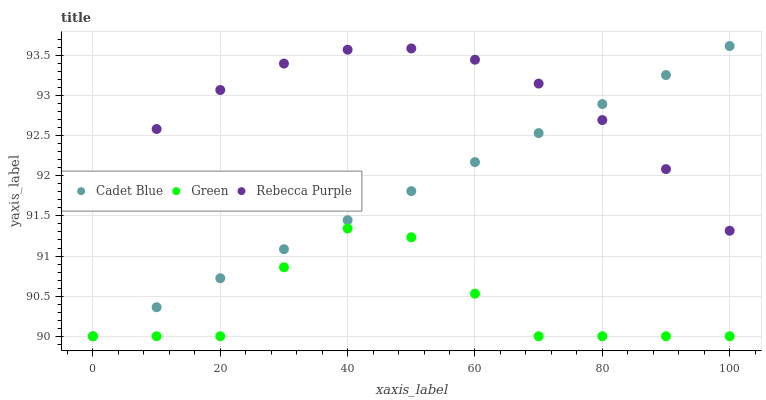
| xaxis_label | Cadet Blue | Green | Rebecca Purple |
 | --- | --- | --- | --- |
 | 0 | 90 | 90 | 91.9 |
 | 10 | 90.4 | 90 | 92.6 |
 | 20 | 90.7 | 90 | 93.1 |
 | 30 | 91.1 | 90.9 | 93.4 |
 | 40 | 91.4 | 91.3 | 93.6 |
 | 50 | 91.8 | 91.2 | 93.6 |
 | 60 | 92.2 | 90.5 | 93.4 |
 | 70 | 92.5 | 90 | 93.1 |
 | 80 | 92.9 | 90 | 92.7 |
 | 90 | 93.3 | 90 | 92.1 |
 | 100 | 93.6 | 90 | 91.3 |